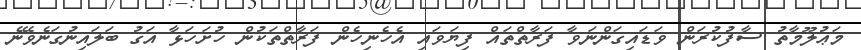
މަޢުލޫމާތު ސާފުކުރަން ވަޑައިގަންނަވާ ފަރާތްތައް ފިޔަވައި އެހެނިހެން ފަރާތްތަކުން ހުށަހަޅާ އަގު ބަލައިނުގަނެވޭނެ